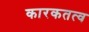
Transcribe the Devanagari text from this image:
कारकतत्व